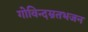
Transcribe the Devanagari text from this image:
गोविन्दम्रतभजन